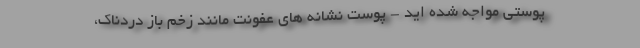
پوستی مواجه شده اید - پوست نشانه های عفونت مانند زخم باز دردناک،